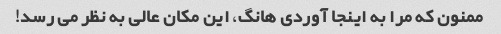
ممنون که مرا به اینجا آوردی هانگ، این مکان عالی به نظر می رسد!